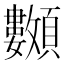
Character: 𩖅